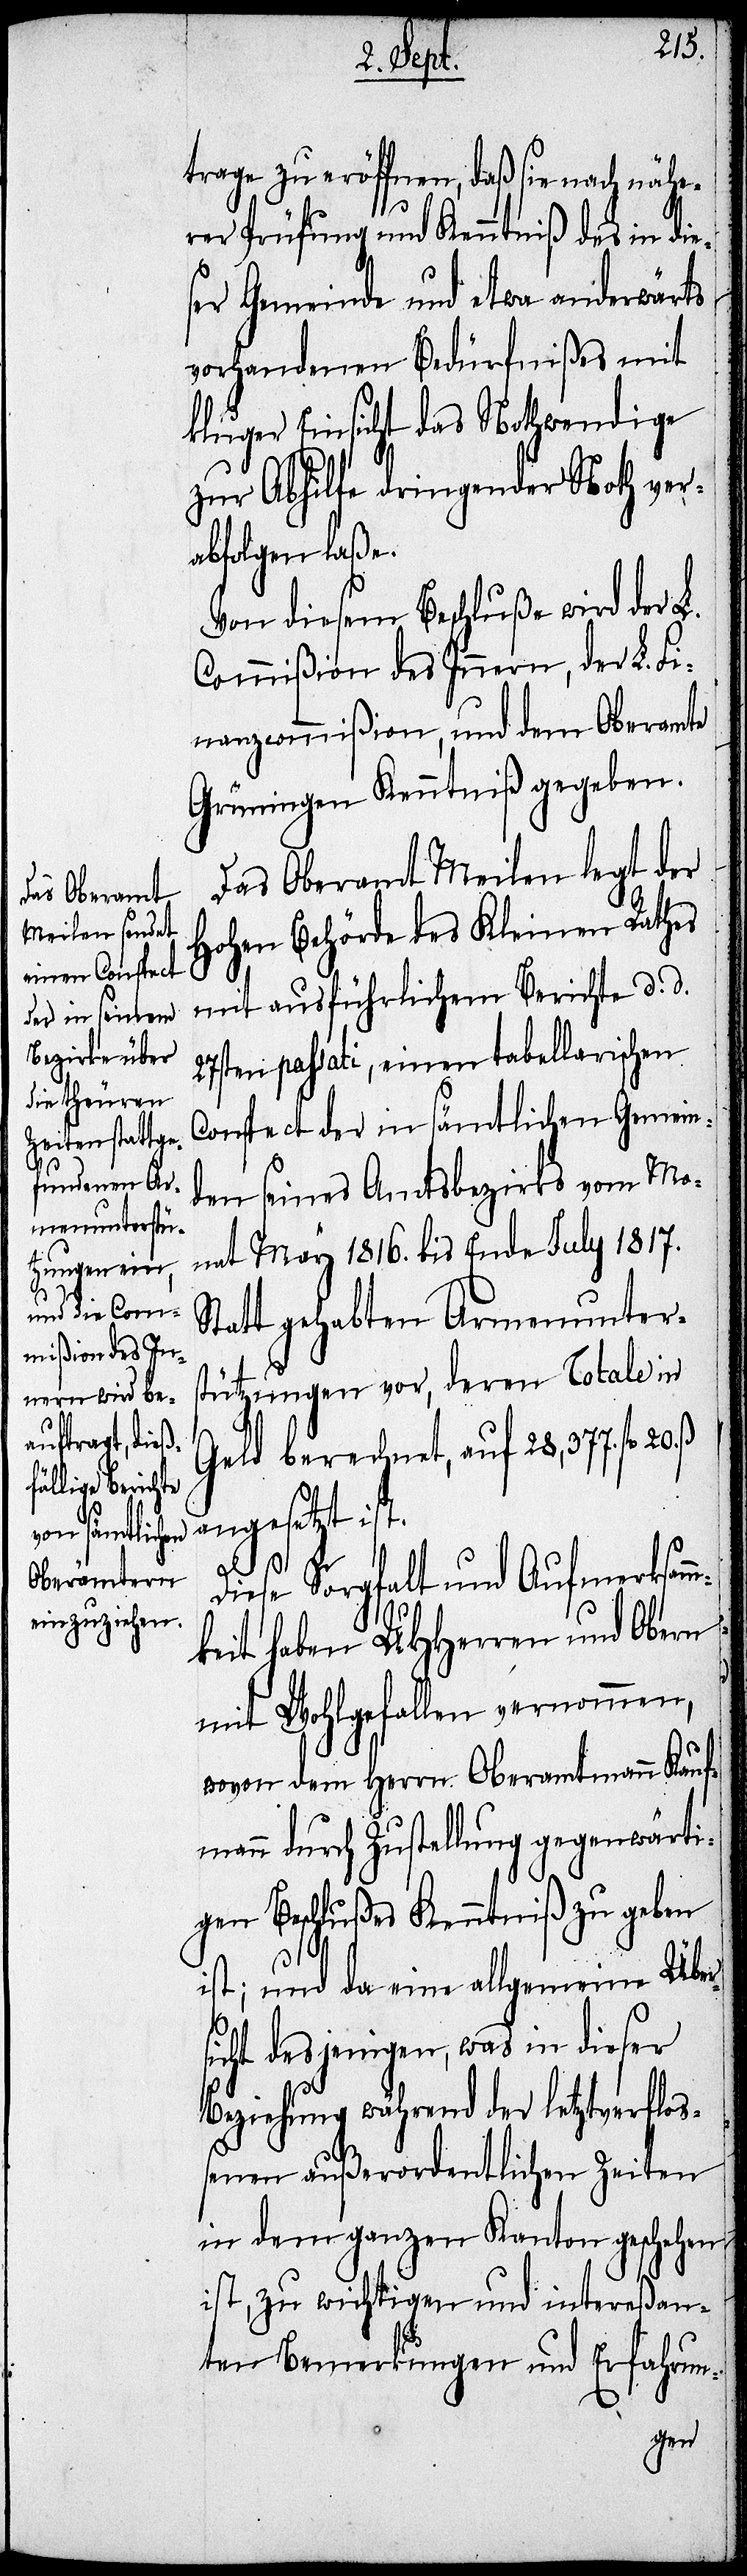
20. ß.
trage zu eröffnen, daß sie nach nähe¬
rer Prüfung und Kenntniß des in die¬
ser Gemeinde und etwa anderwärts
vorhandenen Bedürfnißes mit
kluger Einsicht das Nothwendige
zur Abhilfe dringender Noth ver¬
abfolgen laße.
Von diesem Beschluße wird der L.
Commißion des Innern, der L. Fi¬
nanzcommißion, und dem Oberamte
Grüningen Kenntniß gegeben.
Das Oberamt Meilen legt der
hohen Behörde des Kleinen Rathes
mit ausführlichem Berichte d. d.
27sten passati, einen tabellarischen
Conspect der in sämtlichen Gemein¬
den seines Amtsbezirks vom Mo¬
nat May 1816. bis Ende July 1817.
Statt gehabten Armenunter¬
stützungen vor, deren Totale in
Geld berechnet, auf 28,377. fl.
angesetzt ist.
Diese Sorgfalt und Aufmerksam¬
mkeit haben UHHerren und Obern
mit Wohlgefallen vernommen,
wovon dem Herrn Oberamtmann Kauf¬
mann durch Zustellung gegenwärti¬
gen Beschlußes Kenntniß zu geben
ist; und da eine allgemeine Ueber¬
sicht desjenigen, was in dieser
Beziehung während der letztverfloß¬
enen außerordentlichen Zeiten
in dem ganzen Kanton geschehen
ist, zu wichtigen und intereßan¬
ten Bemerkungen und Erfahrun-